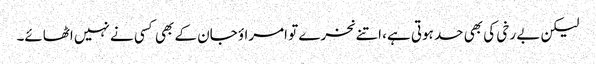
لیکن بے رخی کی بھی حد ہوتی ہے، اتنے نخرے تو امراؤ جان کے بھی کسی نے نہیں اٹھائے۔